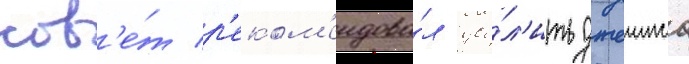
сов'е́т р'еком'ендова́л уво́л'ить джеимса